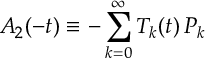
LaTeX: A _ { 2 } ( - t ) \equiv - \sum _ { k = 0 } ^ { \infty } T _ { k } ( t ) \, P _ { k }